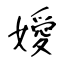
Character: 嬡